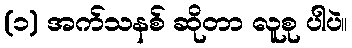
(၁) အက်သနစ် ဆိုတာ လူစု ပါပဲ။